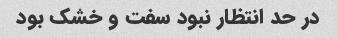
در حد انتظار نبود سفت و خشک بود